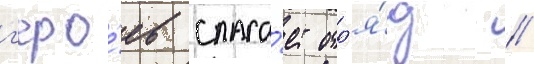
г'еро́ев спаса́ет отр'я́д /